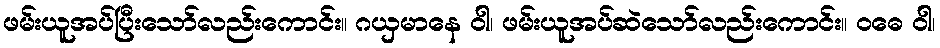
ဖမ်းယူအပ်ပြီးသော်လည်းကောင်း။ ဂယှမာနေ ဝါ၊ ဖမ်းယူအပ်ဆဲသော်လည်းကောင်း။ ဝဓေ ဝါ၊